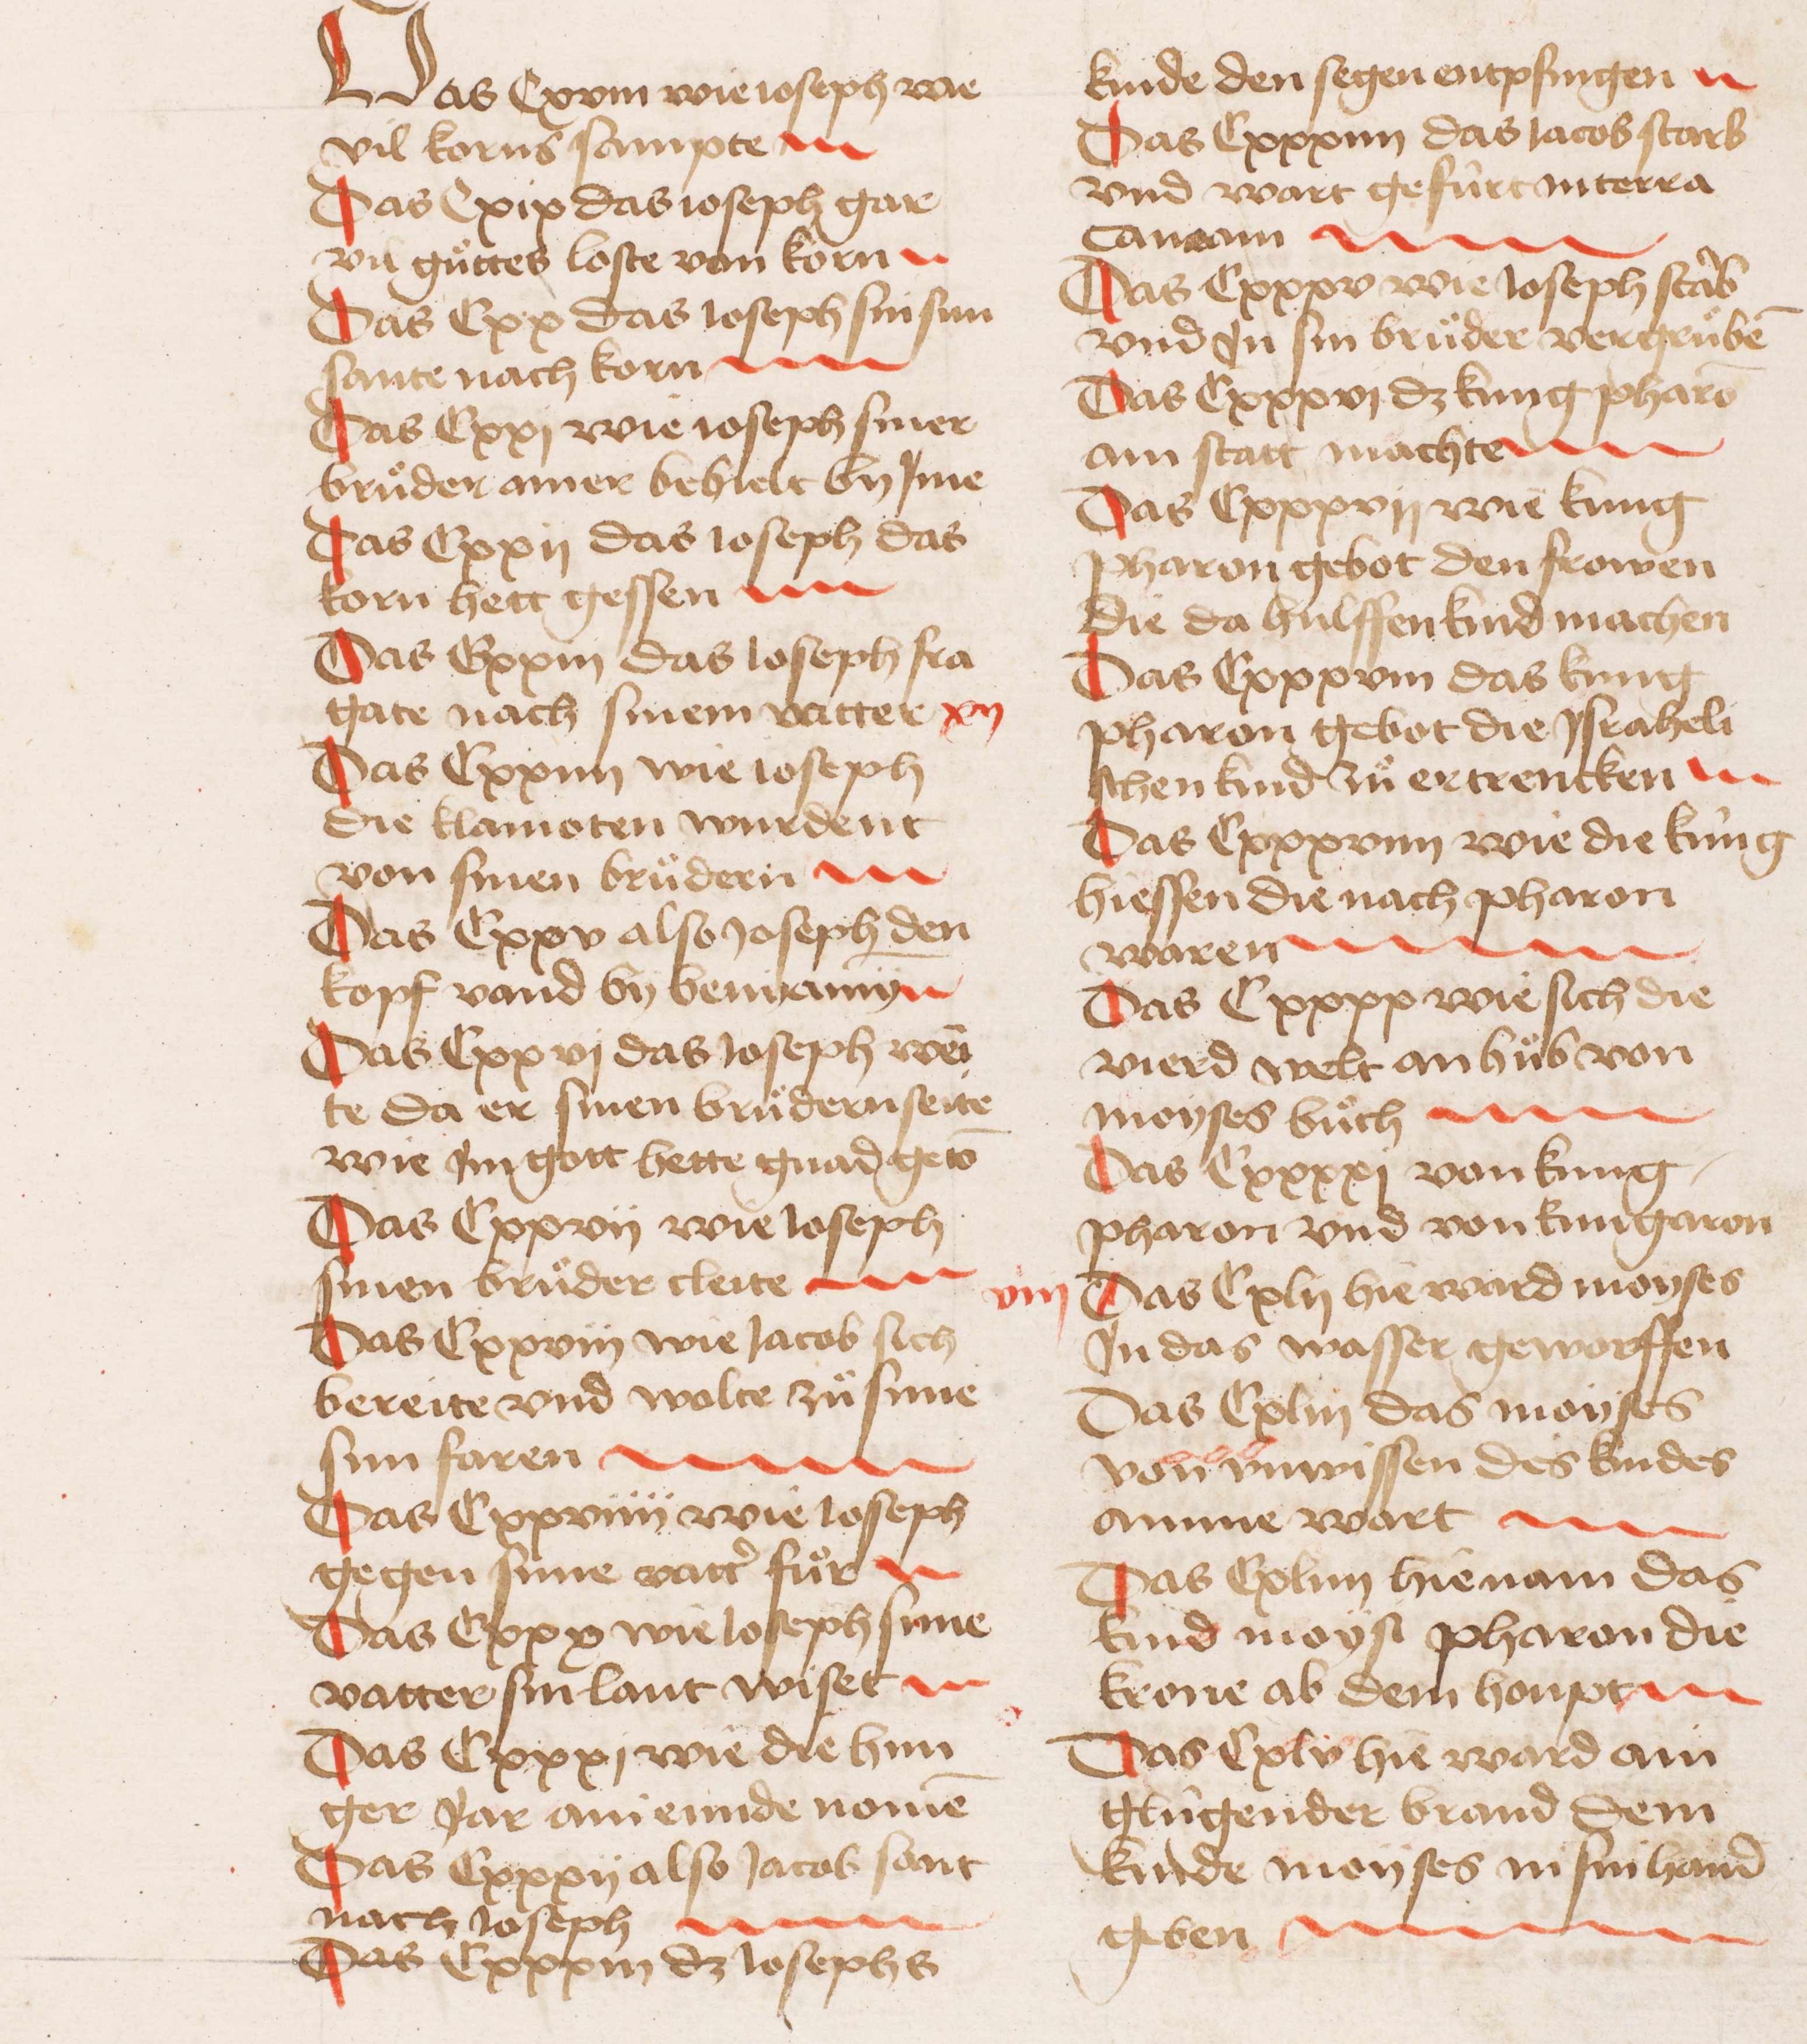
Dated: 1445–1455